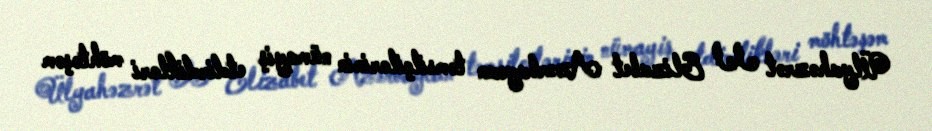
Ülyahəzrət II Elizabet Azərbaycan təmsilçilərinin nümayiş etdirdikləri möhtəşəm